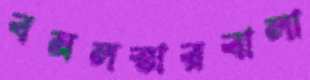
বনলতারবালা